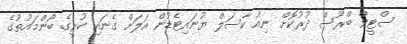
ސްޓީވް ބްރޫސް ދުރުކޮށް ނިއު ކާސަލް ޔުނައިޓެޑުން އަލަށް ގެނައި ކުރީގެ ބޯންމައުތުގެ